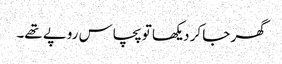
گھر جا کر دیکھا تو پچاس روپے تھے۔